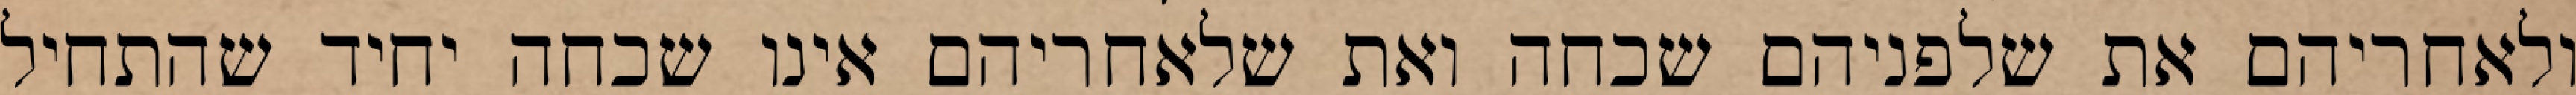
ולאחריהם את שלפניהם שכחה ואת שלאחריהם אינו שכחה יחיד שהתחיל